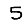
Digit: 5